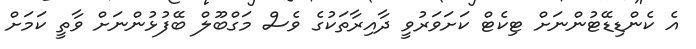
އެ ކެންޑިޑޭޓުންނަށް ޓިކެޓް ކަށަވަރުވީ ދާއިރާތަކުގެ ވެސް މަގްބޫލް ބޭފުޅުންނަށް ވާތީ ކަމަށް